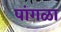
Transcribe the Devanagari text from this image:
पांगळा